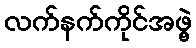
လက်နက်ကိုင်အဖွဲ့